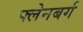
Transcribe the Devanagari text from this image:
फ्लेनबर्ग